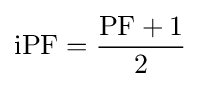
\mathrm {iPF} ={\frac {\mathrm {PF} +1}{2}}